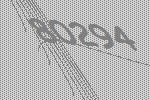
80294